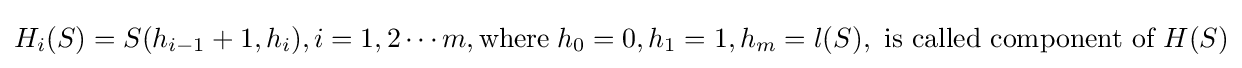
H_{i}(S)=S(h_{i-1}+1,h_{i}),i=1,2\dotsm m,{\text{where}}\;h_{0}=0,h_{1}=1,h_{m}=l(S),{{\text{ is called component of }}H(S)}